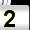
Digit: 2